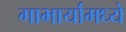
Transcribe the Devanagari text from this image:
गाभार्यामध्ये